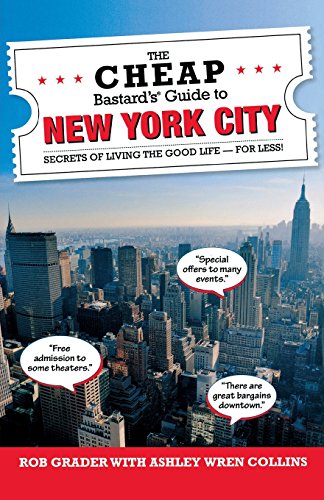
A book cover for The Cheap Bastard'sÂ® Guide to New York City: Secrets of Living the Good Life--For Less!; Ashley Wren Collins; Travel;